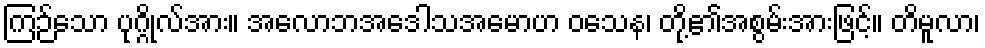
ကြဉ်သော ပုဂ္ဂိုလ်အား။ အလောဘအဒေါသအမောဟ ဝသေန၊ တို့၏အစွမ်းအားဖြင့်။ တိမူလာ၊